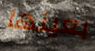
بعينها